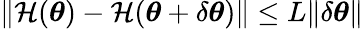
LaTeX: \lVert\mathcal{H}({\boldsymbol{\theta}})-\mathcal{H}({\boldsymbol{\theta}}+\delta{\boldsymbol{\theta}})\rVert\leq L\lVert\delta{\boldsymbol{\theta}}\rVert